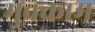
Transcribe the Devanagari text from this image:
मुक्‍काम